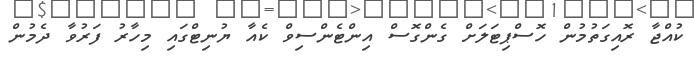
ކުއްޖާ ރޮއިގަތުމުން ހޮސްޕިޓަލަށް ގެންގޮސް އިންޓެންސިވް ކެއާ ޔުނިޓްގައި މިހާރު ފަރުވާ ދެމުން